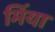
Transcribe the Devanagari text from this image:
मिंया